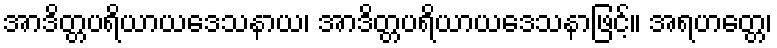
အာဒိတ္တပရိယာယဒေသနာယ၊ အာဒိတ္တပရိယာယဒေသနာဖြင့်။ အရဟတ္တေ၊